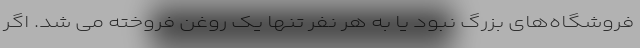
فروشگاه‌های بزرگ نبود یا به هر نفر تنها یک روغن فروخته می شد. اگر